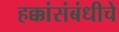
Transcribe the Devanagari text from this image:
हक्कांसंबंधीचे